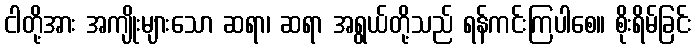
ငါတို့အား အကျိုးများသော ဆရာ၊ ဆရာ အရွယ်တို့သည် ရန်ကင်းကြပါစေ။ စိုးရိမ်ခြင်း